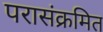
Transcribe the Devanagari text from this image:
परासंक्रमित